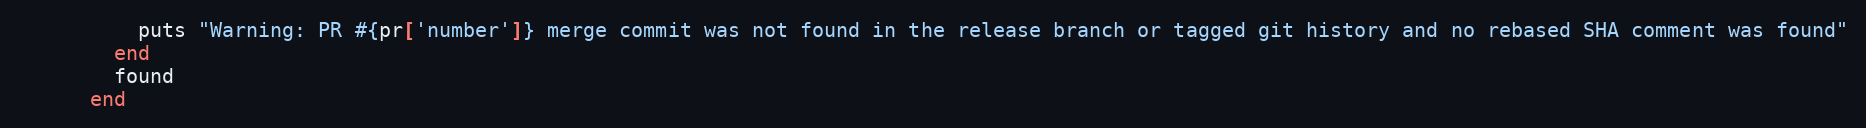
Language: Ruby
          puts "Warning: PR #{pr['number']} merge commit was not found in the release branch or tagged git history and no rebased SHA comment was found"
        end
        found
      end